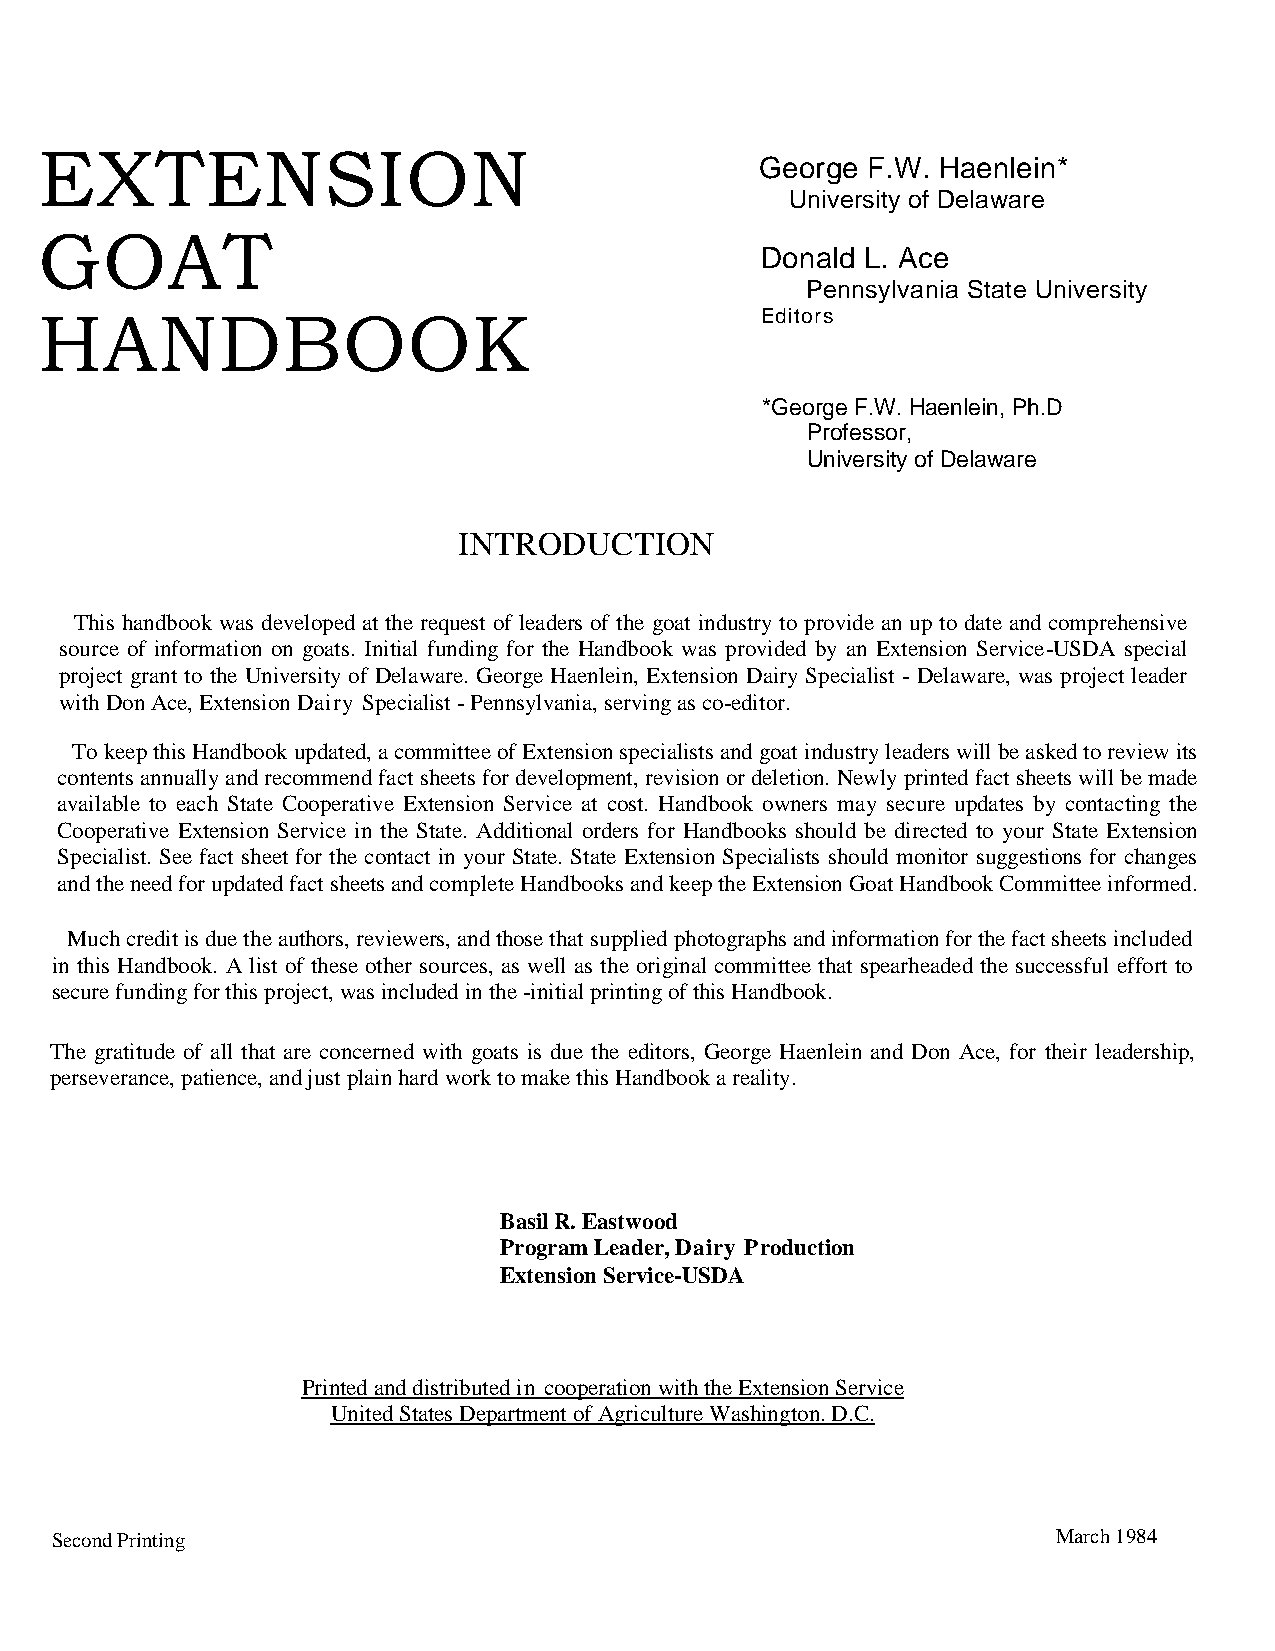
EXTENSION
 George F.W. Haenlein*
 University of Delaware
 GOAT
 Donald L. Ace
 Pennsylvania State University
 HANDBOOK                                       Editors
 *George F.W. Haenlein, Ph.D
 Professor,
 University of Delaware
 INTRODUCTION
 This handbook was developed at the request of leaders of the goat industry to provide an up to date and comprehensive
 source of information on goats. Initial funding for the Handbook was provided by an Extension Service-USDA special
 project grant to the University of Delaware. George Haenlein, Extension Dairy Specialist - Delaware, was project leader
 with Don Ace, Extension Dairy Specialist - Pennsylvania, serving as co-editor.
 To keep this Handbook updated, a committee of Extension specialists and goat industry leaders will be asked to review its
 contents annually and recommend fact sheets for development, revision or deletion. Newly printed fact sheets will be made
 available to each State Cooperative Extension Service at cost. Handbook owners may secure updates by contacting the
 Cooperative Extension Service in the State. Additional orders for Handbooks should be directed to your State Extension
 Specialist. See fact sheet for the contact in your State. State Extension Specialists should monitor suggestions for changes
 and the need for updated fact sheets and complete Handbooks and keep the Extension Goat Handbook Committee informed.
 Much credit is due the authors, reviewers, and those that supplied photographs and information for the fact sheets included
 in this Handbook. A list of these other sources, as well as the original committee that spearheaded the successful effort to
 secure funding for this project, was included in the -initial printing of this Handbook.
 The gratitude of all that are concerned with goats is due the editors, George Haenlein and Don Ace, for their leadership,
 perseverance, patience, and just plain hard work to make this Handbook a reality.
 Basil R. Eastwood
 Program Leader, Dairy Production
 Extension Service-USDA
 Printed and distributed in cooperation with the Extension Service
 United States Department of Agriculture Washington. D.C.
 Second Printing                                                    March 1984